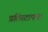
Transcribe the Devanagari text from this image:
प्रतिस्टापना